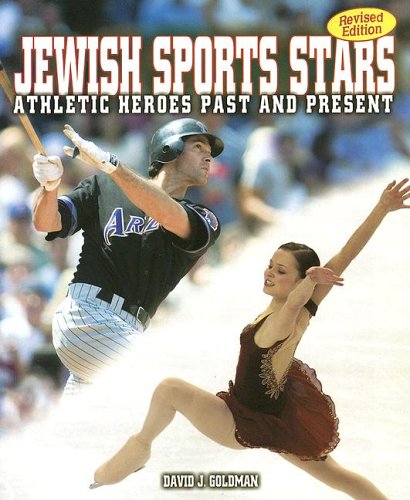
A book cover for Jewish Sports Stars: Athletic Heroes Past and Present (General Jewish Interest); David J. Goldman; Teen & Young Adult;